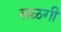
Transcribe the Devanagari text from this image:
खळगी